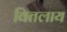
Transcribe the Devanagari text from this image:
वितलाय